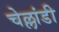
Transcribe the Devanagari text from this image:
चेल्लांडी